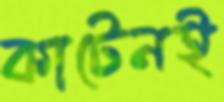
কাটেনই